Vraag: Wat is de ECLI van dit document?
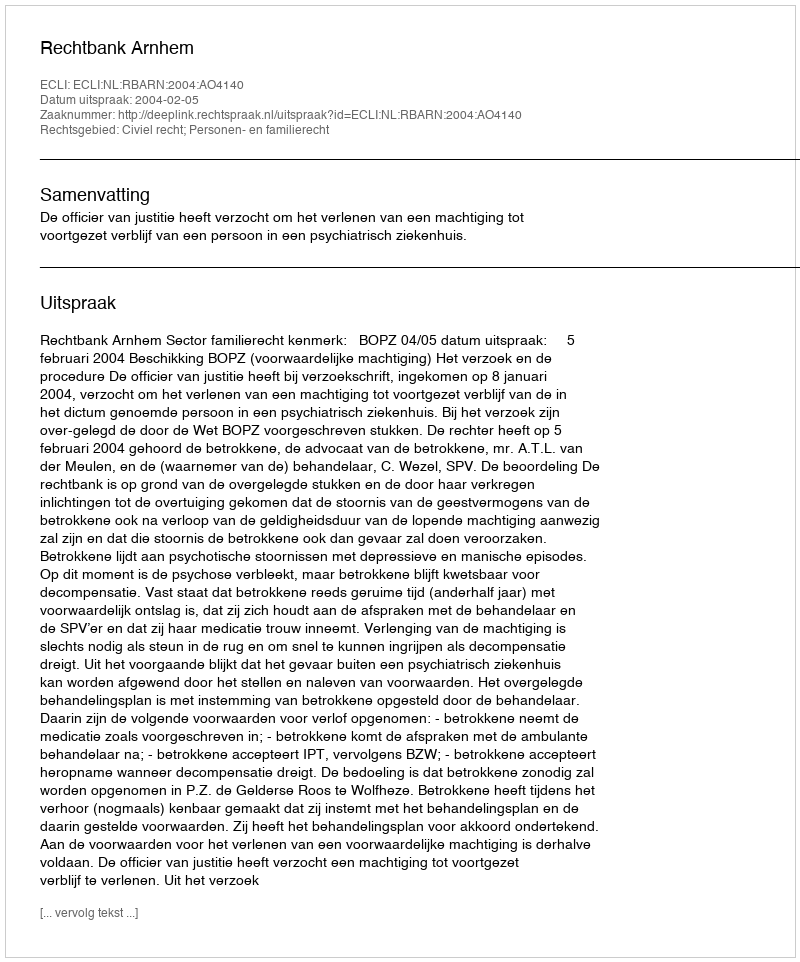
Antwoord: ECLI:NL:RBARN:2004:AO4140